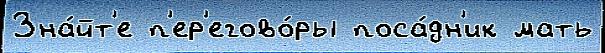
Зна́йт'е п'ер'егово́ры поса́дн'ик мать